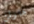
هارلن